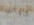
كراف